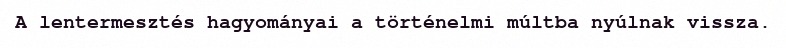
A lentermesztés hagyományai a történelmi múltba nyúlnak vissza.